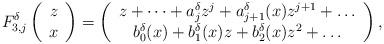
LaTeX: \begin{align*}F_{3,j}^\delta \left( \begin{array}{c} z \\ x \end{array}\right) = \left( \begin{array}{c} z + \dots + a^\delta_j z^j + a^\delta_{j+1}(x) z^{j+1} + \dots \\ b^\delta_0(x) + b^\delta_1(x) z + b^\delta_2(x) z^2 + \dots \end{array}\right),\end{align*}